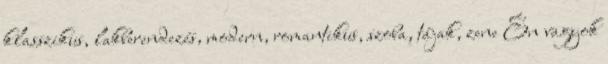
klasszikus, lakberendezés, modern, romantikus, szoba, tájak, zene Én vagyok